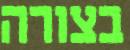
בצורה